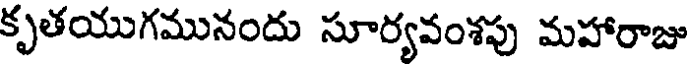
కృతయుగమునందు సూర్యవంశపు మహారాజు